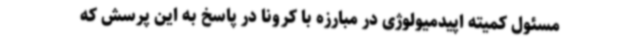
مسئول کمیته اپیدمیولوژی در مبارزه با کرونا در پاسخ به این پرسش که